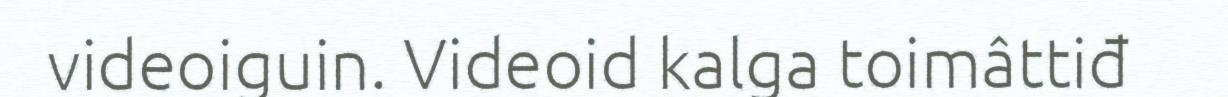
videoiguin. Videoid kalga toimâttiđ